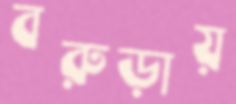
বরুড়ায়